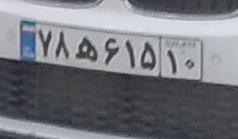
۷۸ه۶۱۵۱۰